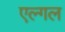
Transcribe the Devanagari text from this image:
एल्गल